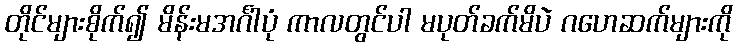
တိုင်များစိုက်၍ မိန်းမအင်္ဂါပုံ ကာလတွင်ပါ မပုတ်ခက်မိပဲ ဂဟေဆက်များကို